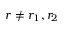
r \neq r _ { 1 } , r _ { 2 }